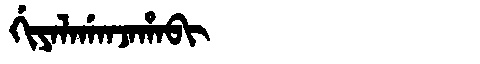
Manchu: ᡤᡳᠶᠠᠯᠠᡤᠠᠨᠵᠠᡥᠠᠪᡳ
Romanization: GIYALAGANJAHABI